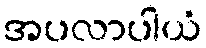
အပလာပါယံ